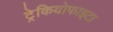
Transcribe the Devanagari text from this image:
ट्रेकियोफाइटा